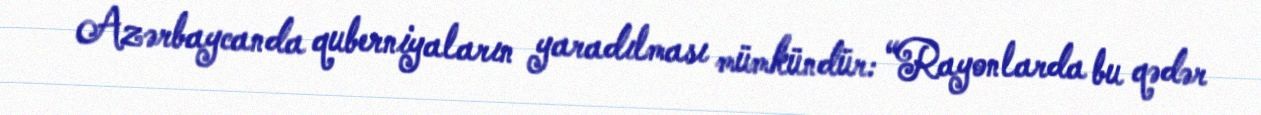
Azərbaycanda quberniyaların yaradılması mümkündür: “Rayonlarda bu qədər